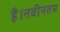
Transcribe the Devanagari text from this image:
है।नवीनतम